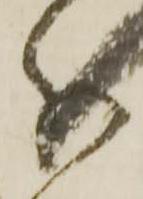
分